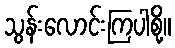
သွန်းလောင်းကြပါစို့။